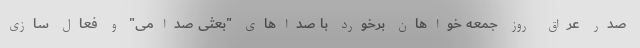
صدر عراق روز جمعه خواهان برخورد با صداهای "بعثیِ صدامی" و فعال سازی